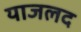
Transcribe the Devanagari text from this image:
याजलद